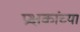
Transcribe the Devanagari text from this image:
प्रक्षकांच्या